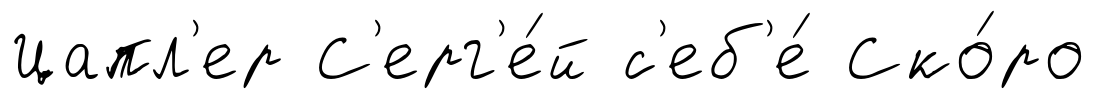
Цапл'ер С'ерг'е́й с'еб'е́ Ско́ро